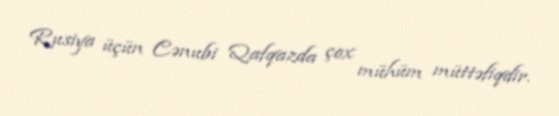
Rusiya üçün Cənubi Qafqazda çox mühüm müttəfiqdir.